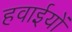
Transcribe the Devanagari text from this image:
हवाईयों